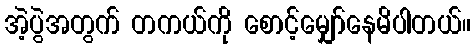
အဲ့ပွဲအတွက် တကယ်ကို စောင့်မျှော်နေမိပါတယ်။